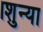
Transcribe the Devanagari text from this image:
।शुन्या